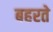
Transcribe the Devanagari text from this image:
बहरते